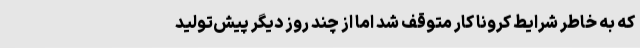
که به خاطر شرایط کرونا کار متوقف شد اما از چند روز دیگر پیش‌تولید